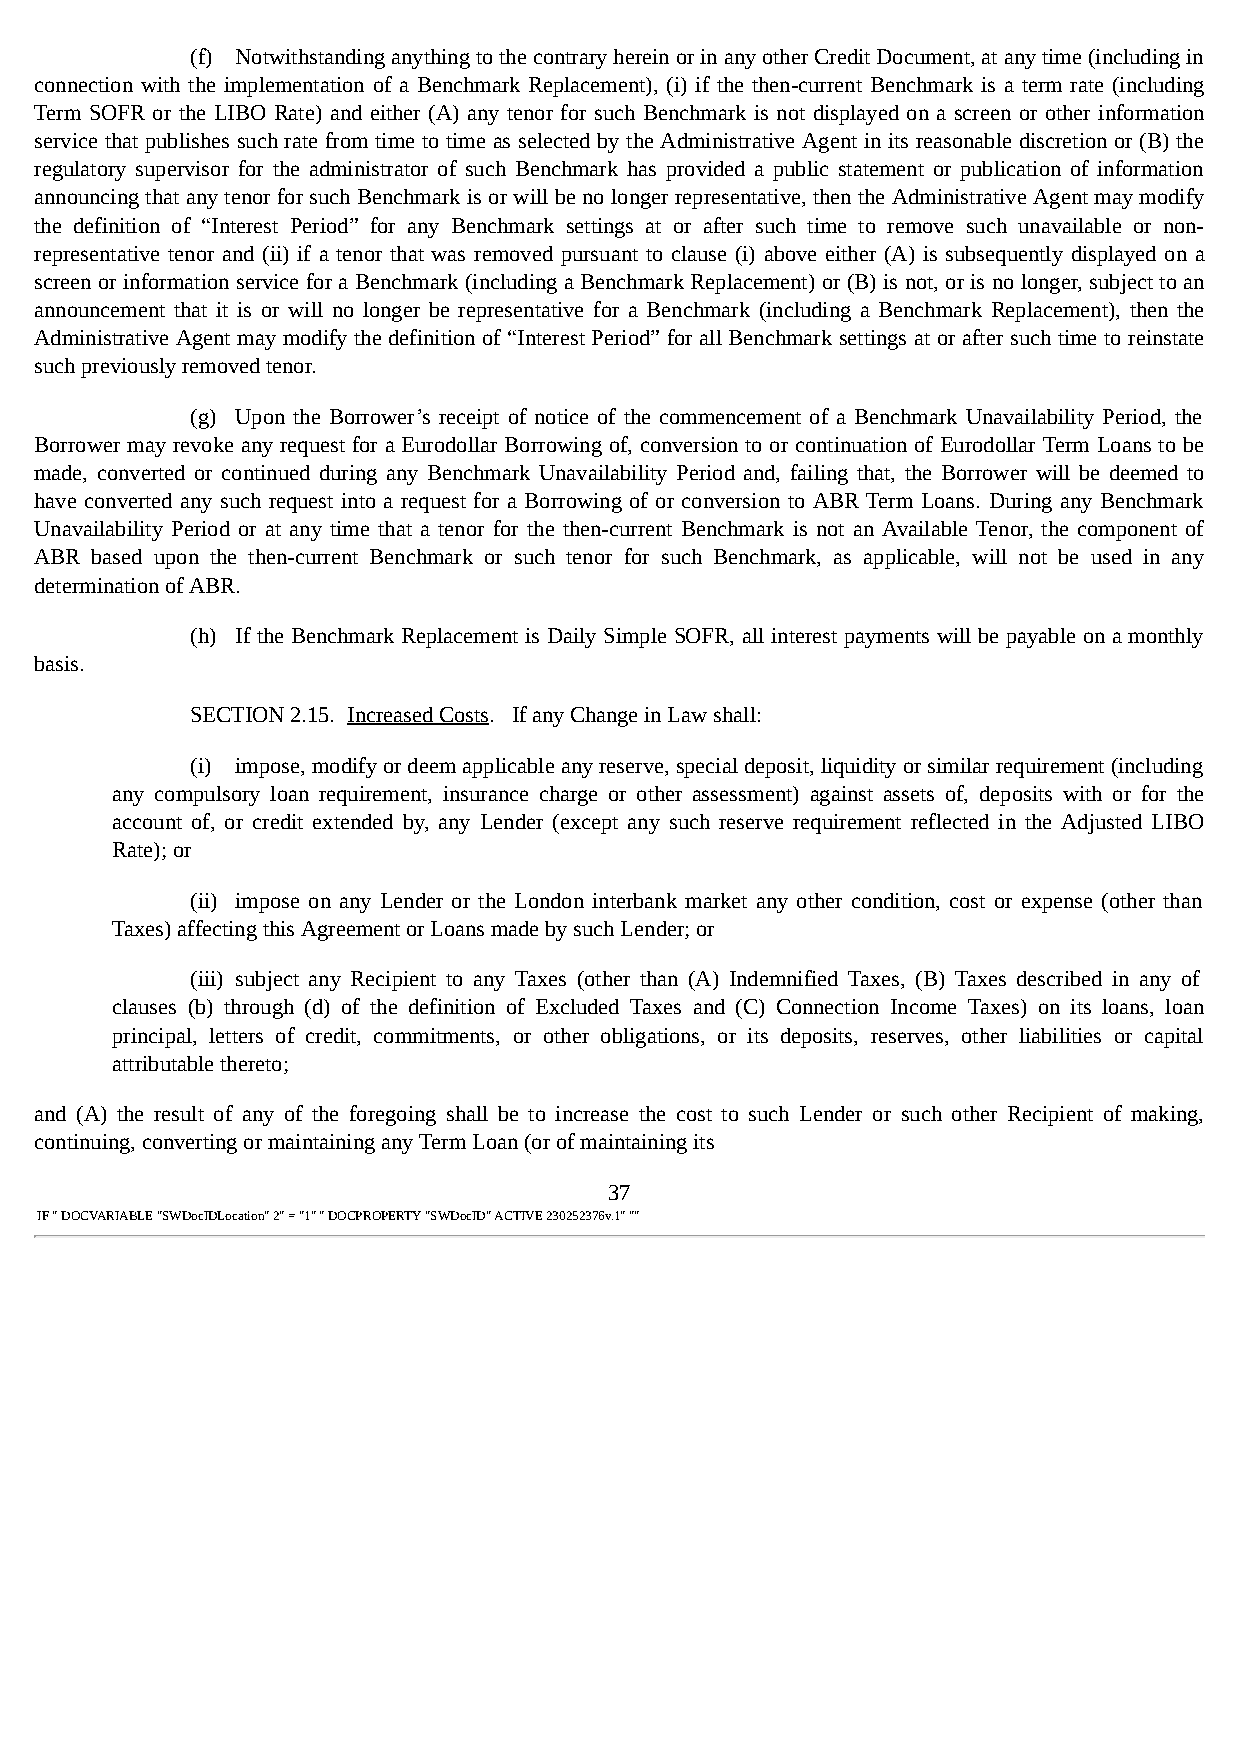
(f) Notwithstanding anything to the contrary herein or in any other Credit Document, at any time (including in
 connection with the implementation of a Benchmark Replacement), (i) if the then-current Benchmark is a term rate (including
 Term SOFR or the LIBO Rate) and either (A) any tenor for such Benchmark is not displayed on a screen or other information
 service that publishes such rate from time to time as selected by the Administrative Agent in its reasonable discretion or (B) the
 regulatory supervisor for the administrator of such Benchmark has provided a public statement or publication of information
 announcing that any tenor for such Benchmark is or will be no longer representative, then the Administrative Agent may modify
 the definition of “Interest Period” for any Benchmark settings at or after such time to remove such unavailable or non-
 representative tenor and (ii) if a tenor that was removed pursuant to clause (i) above either (A) is subsequently displayed on a
 screen or information service for a Benchmark (including a Benchmark Replacement) or (B) is not, or is no longer, subject to an
 announcement that it is or will no longer be representative for a Benchmark (including a Benchmark Replacement), then the
 Administrative Agent may modify the definition of “Interest Period” for all Benchmark settings at or after such time to reinstate
 such previously removed tenor.
 (g) Upon the Borrower’s receipt of notice of the commencement of a Benchmark Unavailability Period, the
 Borrower may revoke any request for a Eurodollar Borrowing of, conversion to or continuation of Eurodollar Term Loans to be
 made, converted or continued during any Benchmark Unavailability Period and, failing that, the Borrower will be deemed to
 have converted any such request into a request for a Borrowing of or conversion to ABR Term Loans. During any Benchmark
 Unavailability Period or at any time that a tenor for the then-current Benchmark is not an Available Tenor, the component of
 ABR based upon the then-current Benchmark or such tenor for such Benchmark, as applicable, will not be used in any
 determination of ABR.
 (h) If the Benchmark Replacement is Daily Simple SOFR, all interest payments will be payable on a monthly
 basis.
 SECTION 2.15. Increased Costs. If any Change in Law shall:
 (i) impose, modify or deem applicable any reserve, special deposit, liquidity or similar requirement (including
 any compulsory loan requirement, insurance charge or other assessment) against assets of, deposits with or for the
 account of, or credit extended by, any Lender (except any such reserve requirement reflected in the Adjusted LIBO
 Rate); or
 (ii) impose on any Lender or the London interbank market any other condition, cost or expense (other than
 Taxes) affecting this Agreement or Loans made by such Lender; or
 (iii) subject any Recipient to any Taxes (other than (A) Indemnified Taxes, (B) Taxes described in any of
 clauses (b) through (d) of the definition of Excluded Taxes and (C) Connection Income Taxes) on its loans, loan
 principal, letters of credit, commitments, or other obligations, or its deposits, reserves, other liabilities or capital
 attributable thereto;
 and (A) the result of any of the foregoing shall be to increase the cost to such Lender or such other Recipient of making,
 continuing, converting or maintaining any Term Loan (or of maintaining its
 37
 IF " DOCVARIABLE "SWDocIDLocation" 2" = "1" " DOCPROPERTY "SWDocID" ACTIVE 230252376v.1" ""